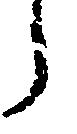
ら